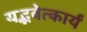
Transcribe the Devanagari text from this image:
यद्भवेत्कार्यं